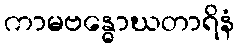
ကာမဗန္ဓောဃတာရိနံ